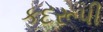
કદરૂપી